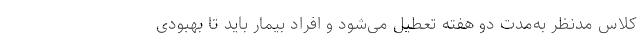
کلاس مدنظر به‌مدت دو هفته تعطیل می‌شود و افراد بیمار باید تا بهبودی